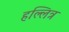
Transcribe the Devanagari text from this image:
हल्लित्र